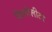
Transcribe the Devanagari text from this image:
किलोलीटर